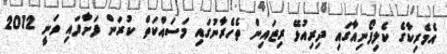
އެމެރިކާގެ ކެލިފޯނިއާގައި ދިރިއުޅޭ ރިޒައިން ތެހެރާނުގައި މަސައްކަތް ކުރަން ފަށާފައި ވަނީ 2012